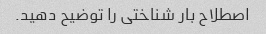
اصطلاح بار شناختی را توضیح دهید.